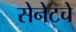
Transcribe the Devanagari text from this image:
सेनेटचे